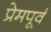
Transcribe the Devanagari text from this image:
प्रेमपूर्व